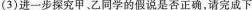
(3)进一步探究甲、乙同学的假说是否正确，请完成下